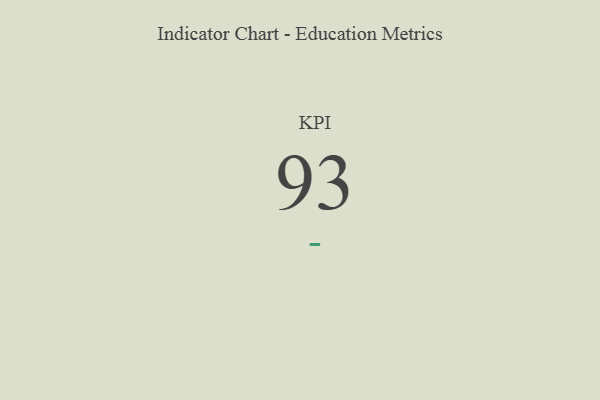
{"axis": {"x": "KPI", "y": "Value"}, "legend": [""], "data": [{"x": "KPI", "y": 93, "type": ""}]}